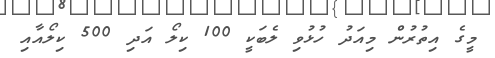
މީގެ އިތުރުން މިއަދު ހުޅުވި ލެބަކީ 100 ކިލޯ އަދި 500 ކިލޯއާއި